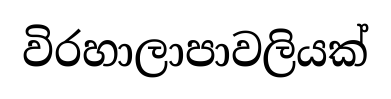
විරහාලාපාවලියක්